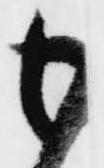
も